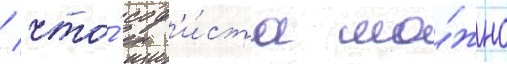
/ что́ соф'и́ста мо́жно